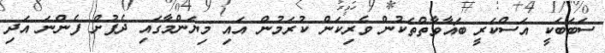
ސަބަބަކީ އަސްކަރީ ބަޣާވާތްތަކުން ވެރިކަން ކުރަމުން އައި މިޔަންމާގައި ދެފުށް ފެންނަ އަދި